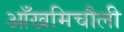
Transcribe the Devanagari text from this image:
आँखमिचौली